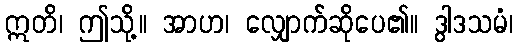
ဣတိ၊ ဤသို့။ အာဟ၊ လျှောက်ဆိုပေ၏။ ဒွါဒသမံ၊